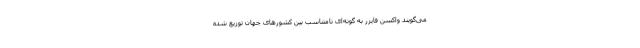
می‌گویند واکسن فایزر به گونه‌ای نامتناسب بین کشورهای جهان توزیع شده